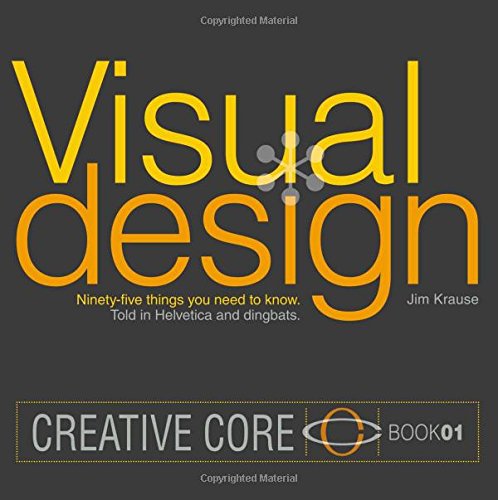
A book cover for Visual Design: Ninety-five things you need to know. Told in Helvetica and Dingbats. (Creative Core); Jim Krause; Computers & Technology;